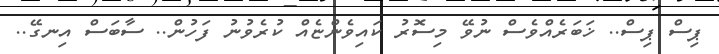
ޕިސް ޕިސް.. ޚަބަރެއްވެސް ނުވޭ މިސޮރު ކައިވެންޏެއް ކުރެވުނު ފަހުން.. ސާބަސް އިނގޭ..